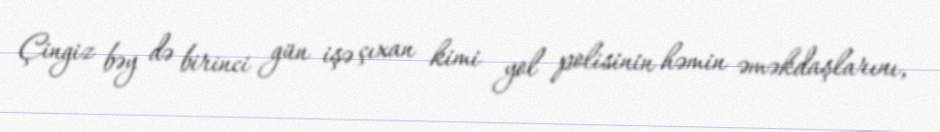
Çingiz bəy də birinci gün işə çıxan kimi yol polisinin həmin əməkdaşlarını,